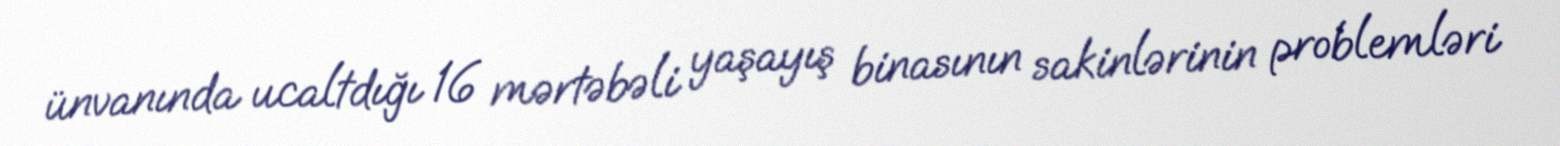
ünvanında ucaltdığı 16 mərtəbəli yaşayış binasının sakinlərinin problemləri